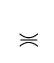
\mathbin {\,\asymp \;\;\;\;\!\!\!\!\!\!\!\!\!\!\!\!\!-}